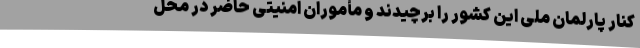
کنار پارلمان ملی این کشور را برچیدند و مأموران امنیتی حاضر در محل